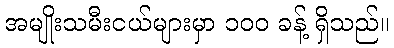
အမျိုးသမီးငယ်များမှာ ၁၀၀ ခန့် ရှိသည်။